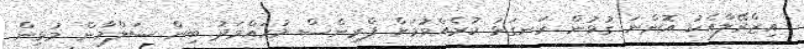
އިޒްރޭލާއެކު އޮންނަ ގުޅުން ރަނގަޅު ކުރެއްވުމަށް ޕްރިންސް މުހައްމަދު ބިން ސަލްމާން މުޅިން